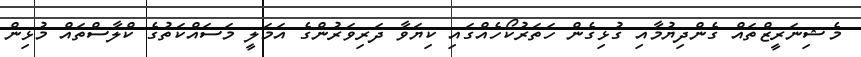
މެޝިނަރީޒްތައް ގެންދިޔުމާއި ގުޅިގެން ހަތަރުކޯހެއްގައި ކިޔަވާ ދަރިވަރުންގެ އަމަލީ މަސައްކަތުގެ ކްލާސްތައް މުޅިން